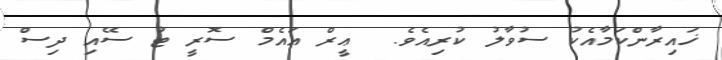
ޚައިރާންކަމާއެކު ސުވާލު ކުރިއެވެ.  ޢީރް އައެމް ސޮރީ ޓު ސޭއި ދިސް